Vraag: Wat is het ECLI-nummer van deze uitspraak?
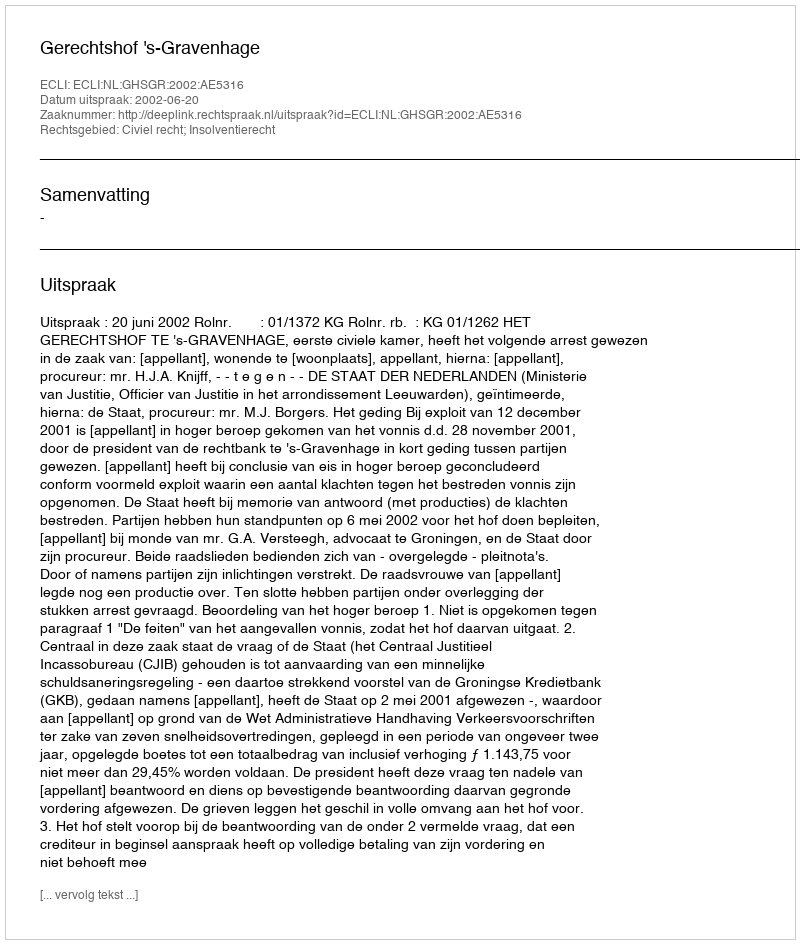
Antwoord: ECLI:NL:GHSGR:2002:AE5316